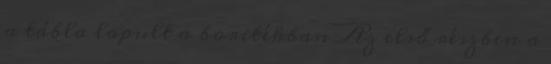
a tábla lapult a boritékban Az első részben a